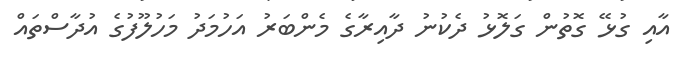
އާއި ގުޅޭ ގޮތުން ގަލޮޅު ދެކުނު ދާއިރާގެ މެންބަރު އަހުމަދު މަހުލޫފުގެ އުދާސްތައް